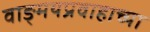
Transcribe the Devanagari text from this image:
वाङ्मयप्रवाहाच्या